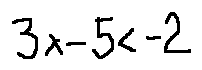
3 x - 5 < - 2